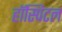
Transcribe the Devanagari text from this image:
हॉस्पिटल